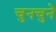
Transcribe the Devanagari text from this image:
चुनचुने